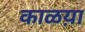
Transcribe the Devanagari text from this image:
काळय़ा